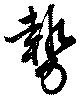
勢